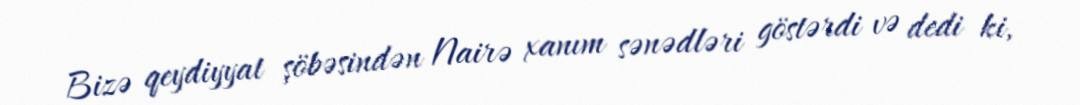
Bizə qeydiyyat şöbəsindən Nairə xanım sənədləri göstərdi və dedi ki,